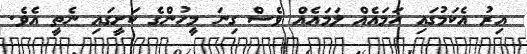
އިރު އެކަމުގައި ހަމައެއް ލަމައެއް ވެސް ގިނަ މީހުންގެ ކަށީގައި ނެތީ އެވެ.